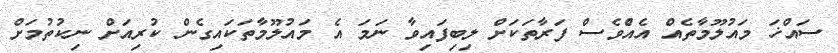
ސައްޚަ މައުލޫމާތެއް އެއްެވެސް ފަރާތަކަށް ލިބިފައިވާ ނަމަ އެ މައުލޫމާތަކައިގެން ކުރިއަށް ނިކުތުމަށް